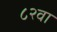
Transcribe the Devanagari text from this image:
८२वा